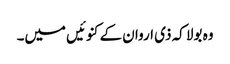
وہ بولا کہ ذی اروان کے کنوئیں میں۔